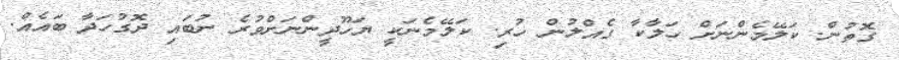
ގޮތުން. ކަލޭމެންނަށް ހަލާކާ ގެއްލުން ހުރި. ކަލޭމެނަކީ ޔަހޫދީންނަށްވުރެ ނުބައި ދޮގުހަދާ ބައެއް.